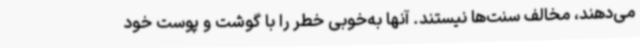
می‌دهند، مخالف سنت‌ها نیستند. آنها به‌خوبی خطر را با گوشت و پوست خود